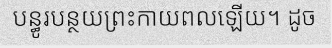
បន្ធូរបន្ថយព្រះកាយពលឡើយ។ ដូច